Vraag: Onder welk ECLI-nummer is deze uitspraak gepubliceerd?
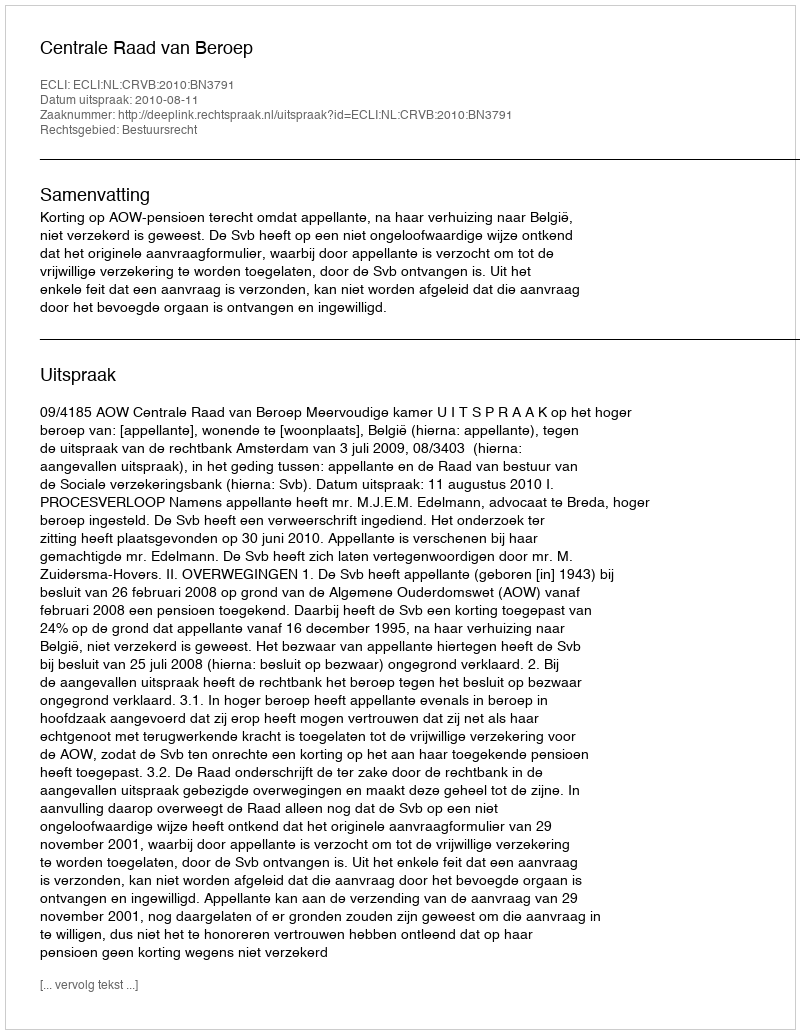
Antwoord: ECLI:NL:CRVB:2010:BN3791